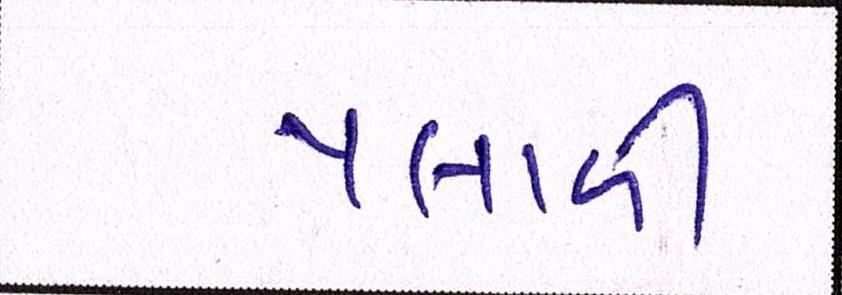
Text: પલાળી